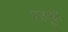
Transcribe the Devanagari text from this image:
नत्थूसर